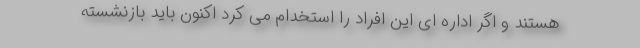
هستند و اگر اداره ای این افراد را استخدام می کرد اکنون باید بازنشسته